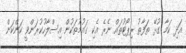
އަދި ކަމާ ގުޅޭ ތަފާތު ރިޕޯޓުތައް ނެރެ އެކި ގައުމުތަކުން އިސްލާހުކުރަންވީ ކަންކަން